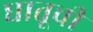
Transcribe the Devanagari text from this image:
धातूचीं